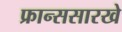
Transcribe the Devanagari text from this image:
फ्रान्ससारखे